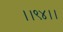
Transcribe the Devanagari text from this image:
।।९४।।